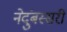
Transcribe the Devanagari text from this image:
नेदुंबस्सरी